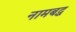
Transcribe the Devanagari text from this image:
नामबद्ध